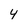
Character: 4